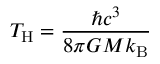
T _ { \mathrm { H } } = { \frac { \hbar c ^ { 3 } } { 8 \pi G M k _ { \mathrm { B } } } }